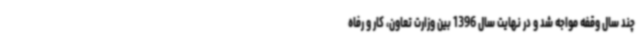
چند سال وقفه مواجه شد و در نهایت سال 1396 بین وزارت تعاون، کار و رفاه